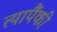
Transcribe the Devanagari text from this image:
त्यापैंकी